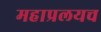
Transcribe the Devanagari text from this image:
महाप्रलयच